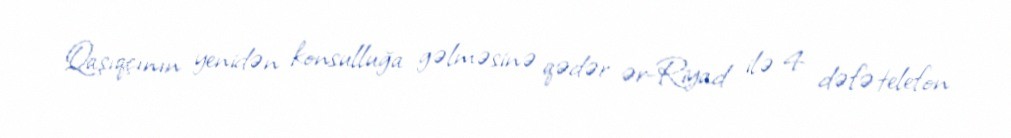
Qaşıqçının yenidən konsulluğa gəlməsinə qədər ər-Riyad ilə 4 dəfə telefon